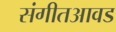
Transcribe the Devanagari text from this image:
संगीतआवड